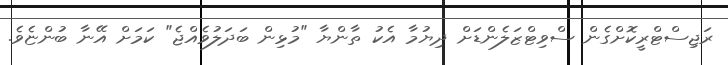
ރަޖިސްޓްރީކޮށްގެން ސްވިޓްޒަލެންޑަށް ދިޔުމާ އެކު ތާންޔާ "މުޅިން ބަދަލުވެއްޖެ" ކަމަށް އޭނާ ބުންޏެވެ.